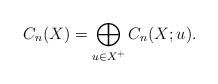
LaTeX: \begin{align*}C_n(X) = \bigoplus_{\substack{u \in X^+}} C_n(X; u).\end{align*}